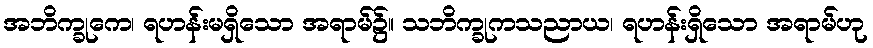
အဘိက္ခုကေ၊ ရဟန်းမရှိသော အရာမ်၌။ သဘိက္ခုကသညာယ၊ ရဟန်းရှိသော အရာမ်ဟု